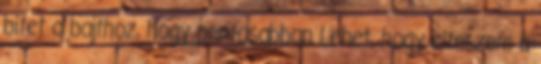
bitet a bajthoz, hogy pontosabban Lehet, hogy elteszem a